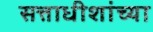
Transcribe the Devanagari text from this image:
सत्ताधीशांच्या